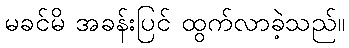
မခင်မိ အခန်းပြင် ထွက်လာခဲ့သည်။